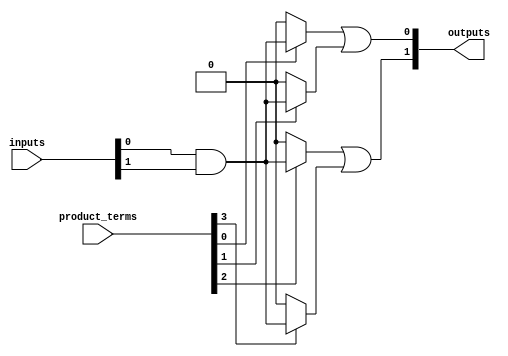
module hs_pal (
    input wire [N-1:0] inputs,       // N input pins
    input wire [M-1:0] product_terms, // M programmable product terms
    output wire [P-1:0] outputs       // P output pins
);

// Parameter definitions
parameter N = 8; // Number of input pins
parameter M = 4; // Number of product terms
parameter P = 2; // Number of output pins

// Internal signals for product terms
wire [M-1:0] and_outputs; // Outputs from the programmable AND array

// Programmable AND array
genvar i;
generate
    for (i = 0; i < M; i = i + 1) begin : and_array
        assign and_outputs[i] = (product_terms[i]) ? (inputs[0] & inputs[1]) : 1'b0; // Example logic
        // Extend this logic to include more inputs and configurations as needed
    end
endgenerate

// Fixed OR array
assign outputs[0] = and_outputs[0] | and_outputs[1]; // Example OR logic for output 0
assign outputs[1] = and_outputs[2] | and_outputs[3]; // Example OR logic for output 1

// Additional logic can be added here for more outputs and configurations

endmodule